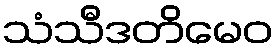
သံသီဒတိမေဝ